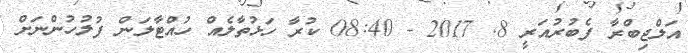
އަލްޖިބްރާ ފެބުރުއަރީ 8